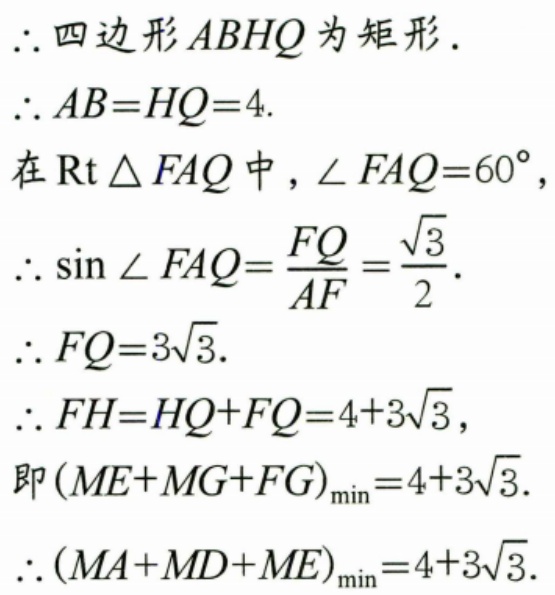
$\therefore$四边形$ABHQ$为矩形.
$\therefore AB = HQ = 4.$
在$\text{Rt}\triangle FAQ$中，$\angle FAQ = 60^{\circ}$，
$\therefore \sin\angle FAQ=\frac{FQ}{AF}=\frac{\sqrt{3}}{2}.$
$\therefore FQ = 3\sqrt{3}.$
$\therefore FH = HQ + FQ = 4 + 3\sqrt{3}$，
即$(ME + MG + FG)_{\min}=4 + 3\sqrt{3}.$
$\therefore (MA + MD + ME)_{\min}=4 + 3\sqrt{3}.$